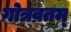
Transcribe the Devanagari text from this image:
गोत्रव्रतम्